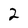
Character: 2